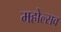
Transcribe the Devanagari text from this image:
महोल्सव